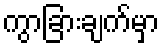
ကွာခြားချက်မှာ